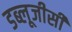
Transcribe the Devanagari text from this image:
डब्लूजीसी